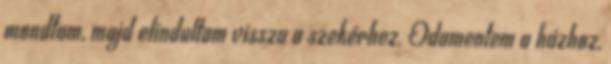
mondtam, majd elindultam vissza a szekérhez. Odamentem a házhoz,